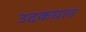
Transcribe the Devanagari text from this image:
उदकघात